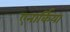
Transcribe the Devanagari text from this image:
एनार्किया